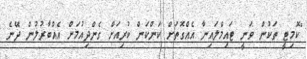
"ކޮމިޓީ ތަކުން ވަނީ ޓައިމްލައިނާ އެއްގޮތަށް ކަންކަން ކުރިއަށް ގެންދިއުމަށް އެއްބާރުލުން ދޭނެ